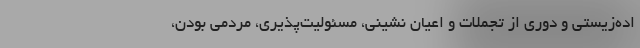
اده‌زیستی و دوری از تجملات و اعیان نشینی، مسئولیت‌پذیری، مردمی بودن،